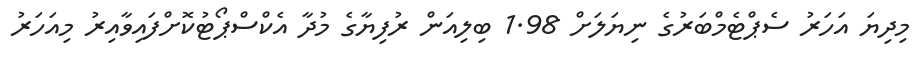
މިދިޔަ އަހަރު ސެޕްޓެމްބަރުގެ ނިޔަލަށް 1.98 ބިލިއަން ރުފިޔާގެ މުދާ އެކްސްޕޯޓުކޮށްފައިވާއިރު މިއަހަރު